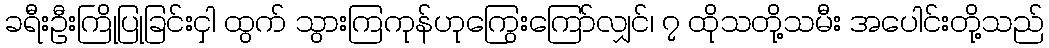
ခရီးဦးကြိုပြုခြင်းငှါ ထွက် သွားကြကုန်ဟုကြွေးကြော်လျှင်၊ ၇ ထိုသတို့သမီး အပေါင်းတို့သည်